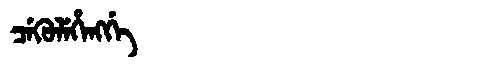
Manchu: ᠴᡝᡴᡠᠯᡝᡥᡝᠩᡤᡝ
Romanization: CEKULEHENGGE